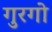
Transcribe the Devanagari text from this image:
गुरगो